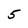
Character: 5